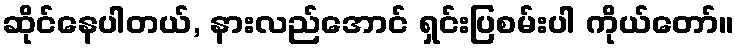
ဆိုင်နေပါတယ်, နားလည်အောင် ရှင်းပြစမ်းပါ ကိုယ်တော်။